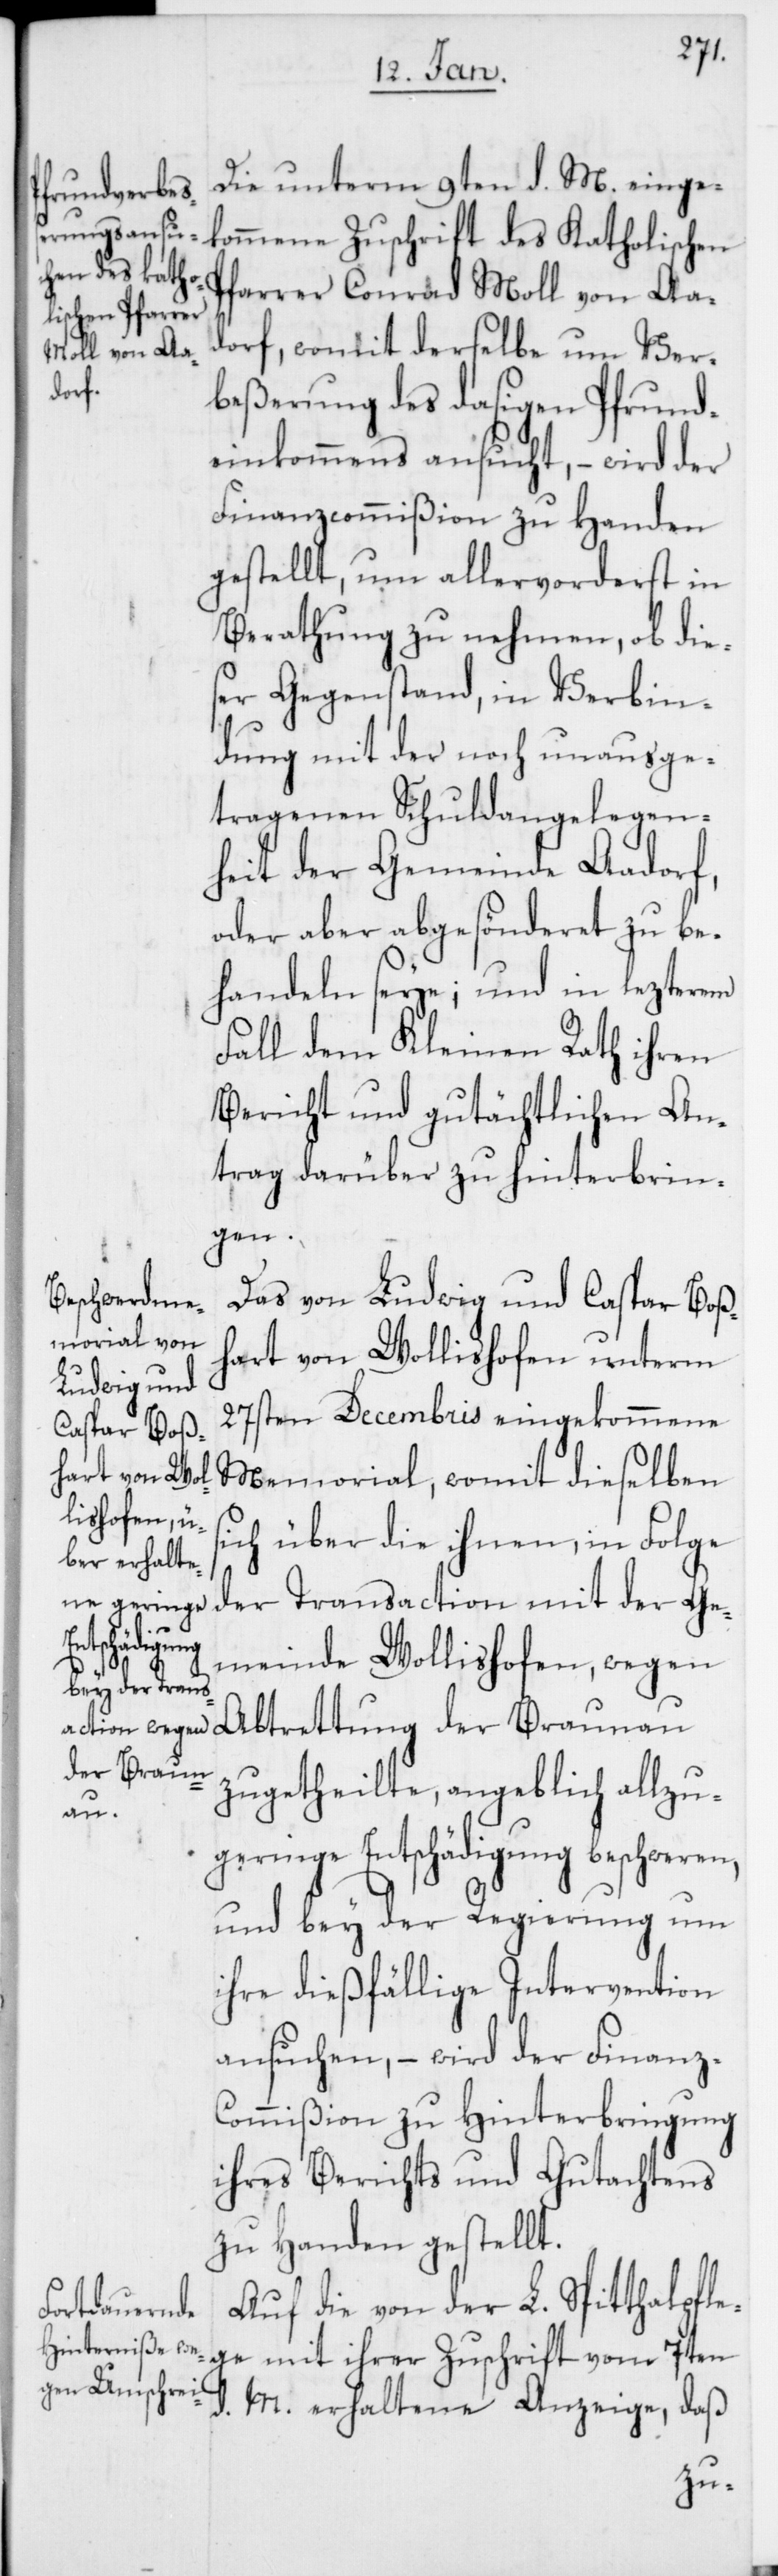
Die unterm 9ten d. M. einge¬
kommene Zuschrift des Katholischen
Pfarrer Conrad Moll von Aa¬
dorf, womit derselbe um Ver¬
beßerung des dasigen Pfrund¬
einkommens ansucht, – wird der
Finanzcommißion zu Handen
gestellt, um allervorderst in
Berathung zu nehmen, ob dies¬
er Gegenstand, in Verbin¬
dung mit der noch unausge¬
tragenen Schuldangelegen¬
heit der Gemeinde Aadorf,
oder aber abgesönderet zu be¬
handeln seye; und in lezterem
Fall dem Kleinen Rath ihren
Bericht und gutächtlichen An¬
trag darüber zu hinterbrin¬
gen.
Das von Ludwig und Caspar Boß¬
hart von Wollishofen unterm
27sten Decembris eingekommene
Memorial, womit dieselben
sich über die ihnen, in Folge
der Transaction mit der Ge¬
vom 7ten
meinde Wollishofen, wegen
Abtrettung der Braunau
zugetheilte, angeblich allzu
geringe Entschädigung beschweren,
und bey der Regierung um
ihre dießfällige Intervention
ansuchen , – wird der Finanz-C¬
ommißion zu Hinterbringung
ihres Berichts und Gutachtens
zu Handen gestellt.
Auf die von der L. Spitalpfle¬
M. erhaltene Anzeige, daß